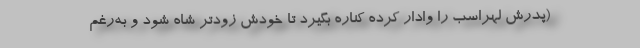
(پدرش لهراسب را وادار کرده کناره بگیرد تا خودش زودتر شاه شود و به‌رغم